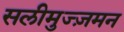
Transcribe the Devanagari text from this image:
सलीमुज्ज़मन